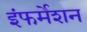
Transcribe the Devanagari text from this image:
इंफर्मेशन